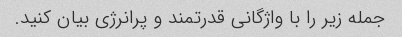
جمله زیر را با واژگانی قدرتمند و پرانرژی بیان کنید.